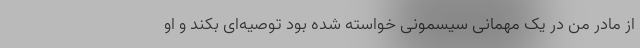
از مادر من در یک مهمانی سیسمونی خواسته شده بود توصیه‌ای بکند و او